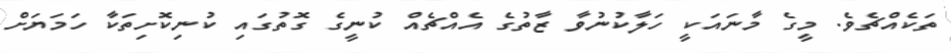
ތަކެއްޗެވެ. މީގެ މާނައަކީ ހަލާކުނުވާ ޒާތުގެ އެއްޗެއް ކުނީގެ ގޮތުގައި ކުނިކޮށިތަކާ ހަމަޔަށް